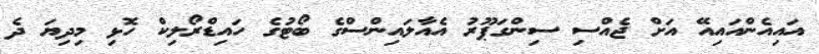
އައިއެންއައިއޭ އަށް ޖެއްސި ސިންގަޕޫރު އެއާލައިންސްގެ ބޯޓުގެ ހައިޑްރޯލިކް ހޮޅި މިދިޔަ ދެ